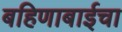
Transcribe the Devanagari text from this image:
बहिणाबाईचा